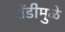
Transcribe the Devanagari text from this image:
शेंडीमुळे